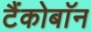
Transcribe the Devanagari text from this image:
टैंकोबाॅन